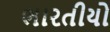
ભારતીયો